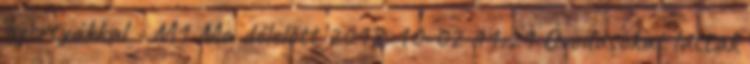
gyertyákkal - M1 Ma délelőtt 2018-10-02 11:21 Óvodásokat láttak